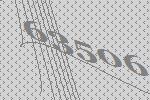
63506